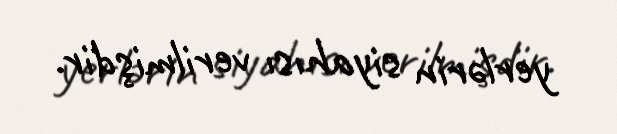
yerlərin siyahısı verilmişdir.